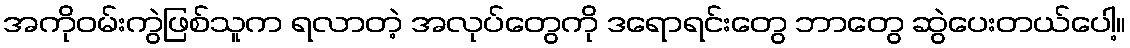
အကိုဝမ်းကွဲဖြစ်သူက ရလာတဲ့ အလုပ်တွေကို ဒရောရင်းတွေ ဘာတွေ ဆွဲပေးတယ်ပေါ့။